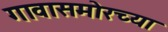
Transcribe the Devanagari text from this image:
गावासमोरच्या